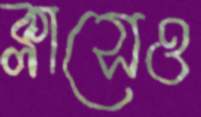
ক্লাসেও